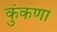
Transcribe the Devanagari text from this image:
कुंकणा